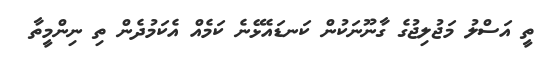
ތީ އަސްލު މަޖުލިޖުގެ ގާނޫނަކުން ކަނޑައެޅޭނެ ކަމެއް އެކަމުދެން ތި ނިންމީތާ